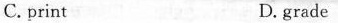
C.print D.grade